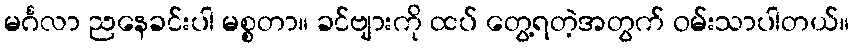
မင်္ဂလာ ညနေခင်းပါ မစ္စတာ။ ခင်ဗျားကို ထပ် တွေ့ရတဲ့အတွက် ဝမ်းသာပါတယ်။